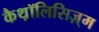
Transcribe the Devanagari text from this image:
कैथ़ॉलिसिज़्म